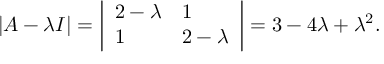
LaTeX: | A - \lambda I | = { \left| \begin{array} { l l } { 2 - \lambda } & { 1 } \\ { 1 } & { 2 - \lambda } \end{array} \right| } = 3 - 4 \lambda + \lambda ^ { 2 } .